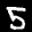
Label: 5